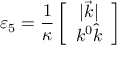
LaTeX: \varepsilon _ { 5 } = \frac { 1 } { \kappa } \left[ \begin{array} { c } { { | \vec { k } | } } \\ { { k ^ { 0 } \hat { k } } } \end{array} \right]